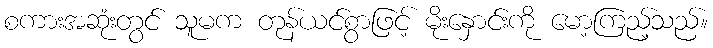
စကားအဆုံးတွင် သူမက တုန်ယင်စွာဖြင့် မိုးနှောင်းကို မော့ကြည့်သည်။